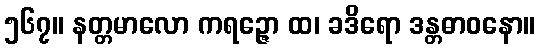
၅၆၇။ နတ္တမာလော ကရဉ္ဇော ထ၊ ခဒိရော ဒန္တဓာဝနော။